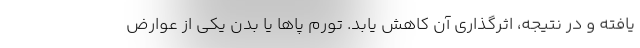
یافته و در نتیجه، اثرگذاری آن کاهش یابد. تورم پاها یا بدن یکی از عوارض